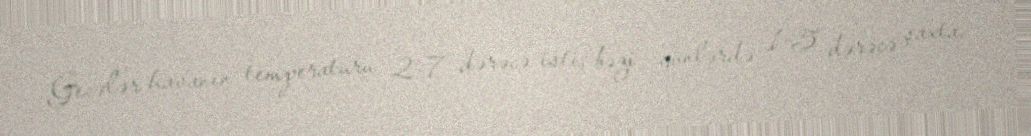
Gecələr havanın temperaturu 2-7 dərəcə isti, bəzi günlərdə 1-5 dərəcə şaxta,